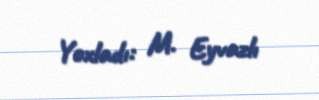
Yoxladı: M. Eyvazlı